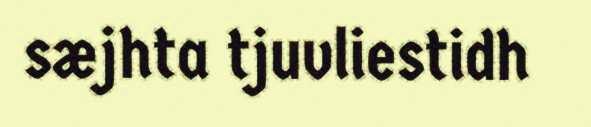
sæjhta tjuvliestidh